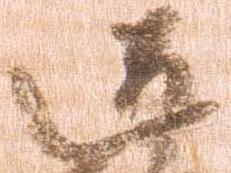
道